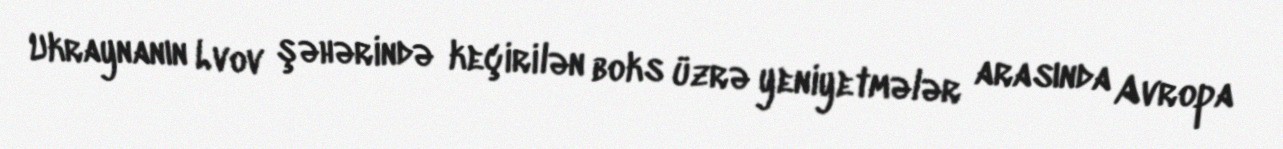
Ukraynanın Lvov şəhərində keçirilən boks üzrə yeniyetmələr arasında Avropa